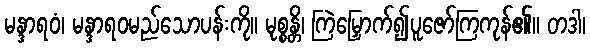
မန္ဒာရဝံ၊ မန္ဒာရဝမည်သောပန်းကို။ မုစ္စန္တိ၊ ကြဲမြှောက်၍ပူဇော်ကြကုန်၏။ တဒါ၊